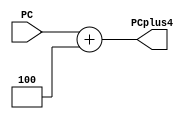
module PCAdder (PCplus4, PC);

// input 
	input [31:0] PC;
	
// output
	output reg  [31:0] PCplus4;
	
	always @(*)
		PCplus4 <= PC + 4;
		
	
endmodule